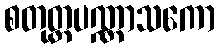
စတုတ္ထပဏ္ဏာသကော